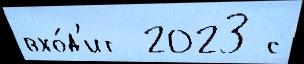
вхо́д'ит  2023 с